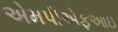
એમપીએફઆઇ